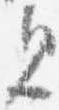
見